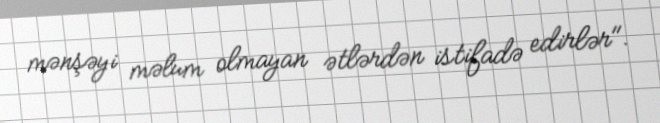
mənşəyi məlum olmayan ətlərdən istifadə edirlər".